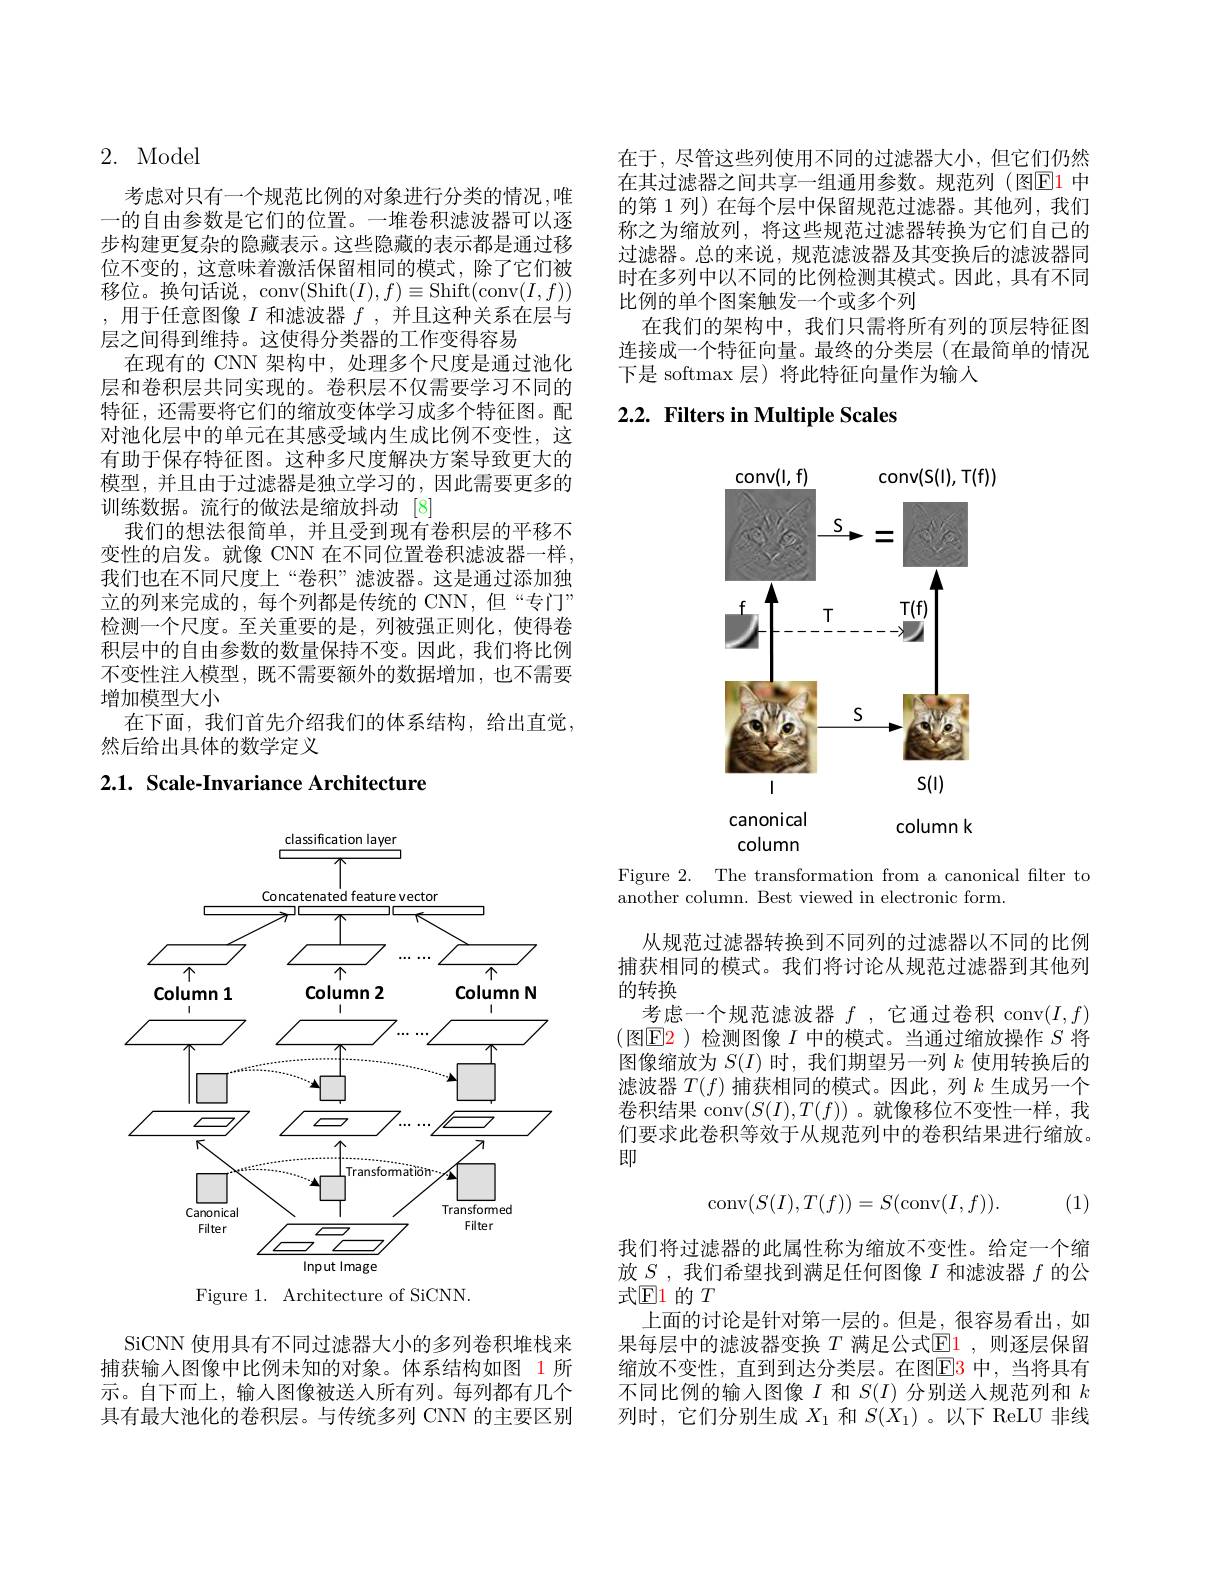
# 2. Model

考虑对只有一个规范比例的对象进行分类的情况，唯一的自由参数是它们的位置。一堆卷积滤波器可以逐步构建更复杂的隐藏表示。这些隐藏的表示都是通过移位不变的，这意味着激活保留相同的模式，除了它们被移位。换句话说，conv(Shift$(I),f)\equiv$Shift(conv$(I,f))$ ,用于任意图像$I$和滤波器$f$,并且这种关系在层与层之间得到维持。这使得分类器的工作变得容易
在现有的 CNN 架构中，处理多个尺度是通过池化层和卷积层共同实现的。卷积层不仅需要学习不同的特征，还需要将它们的缩放变体学习成多个特征图。配对池化层中的单元在其感受域内生成比例不变性，这有助于保存特征图。这种多尺度解决方案导致更大的模型，并且由于过滤器是独立学习的，因此需要更多的训练数据。流行的做法是缩放抖动 [8]
我们的想法很简单，并且受到现有卷积层的平移不变性的启发。就像 CNN 在不同位置卷积滤波器一样， 我们也在不同尺度上“卷积”滤波器。这是通过添加独立的列来完成的，每个列都是传统的 CNN,但“专门” 检测一个尺度。至关重要的是，列被强正则化，使得卷积层中的自由参数的数量保持不变。因此，我们将比例不变性注入模型，既不需要额外的数据增加，也不需要增加模型大小
在下面，我们首先介绍我们的体系结构，给出直觉，
然后给出具体的数学定义

# 2.1. Scale-Invariance Architecture

<FigureHere>
Figure 1. Architecture of SiCNN.

SiCNN 使用具有不同过滤器大小的多列卷积堆栈来捕获输入图像中比例未知的对象。体系结构如图 1 所示。自下而上，输入图像被送人所有列。每列都有几个具有最大池化的卷积层。与传统多列 CNN 的主要区别

在于，尽管这些列使用不同的过滤器大小，但它们仍然在其过滤器之间共享一组通用参数。规范列(图$\color{red}{\mathrm{E}}\color{red}{\mathrm{1}}$ 中的第 1 列) 在每个层中保留规范过滤器。其他列，我们称之为缩放列，将这些规范过滤器转换为它们自己的过滤器。总的来说，规范滤波器及其变换后的滤波器同时在多列中以不同的比例检测其模式。因此，具有不同比例的单个图案触发一个或多个列
在我们的架构中，我们只需将所有列的顶层特征图连接成一个特征向量。最终的分类层 (在最简单的情况下是 softmax 层)将此特征向量作为输入

# 2.2. Filters in Multiple Scales

<FigureHere>

Figure 2. The transformation from a canonical filter to
another column. Best viewed in electronic form.

从规范过滤器转换到不同列的过滤器以不同的比例捕获相同的模式。我们将讨论从规范过滤器到其他列的转换
考虑一个规范滤波器$f$ ,它通过卷积 conv$(I,f)$ (图$\mathsf{E}\color{red}{2}$)检测图像$I$ 中的模式。当通过缩放操作 $S$ 将图像缩放为$S(I)$时，我们期望另一列$k$使用转换后的滤波器$T(f)$捕获相同的模式。因此，列$k$生成另一个卷积结果 conv$(S(I),T(f))$ 。就像移位不变性一样，我们要求此卷积等效于从规范列中的卷积结果进行缩放。即
$$\mathrm{conv}(S(I),T(f))=S(\mathrm{conv}(I,f)).$$
(1)

我们将过滤器的此属性称为缩放不变性。给定一个缩放$S$ ,我们希望找到满足任何图像$I$和滤波器$f$的公式$\mathbb{E}$1 的 $T$
上面的讨论是针对第一层的。但是，很容易看出，如果每层中的滤波器变换$T$满足公式$\underline{\mathrm{E}}1$,则逐层保留缩放不变性，直到到达分类层。在图$\boxed{\mathrm{F}}\color{red}{3}$ 中，当将具有不同比例的输入图像$I$和$S(I)$分别送人规范列和$k$ 列时，它们分别生成$X_1$和$S(X_1)$ 。以下 ReLU 非线